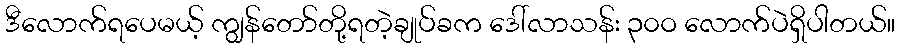
ဒီလောက်ရပေမယ့် ကျွန်တော်တို့ရတဲ့ချုပ်ခက ဒေါ်လာသန်း ၃၀ဝ လောက်ပဲရှိပါတယ်။